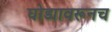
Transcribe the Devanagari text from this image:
घोड्यावरूनच